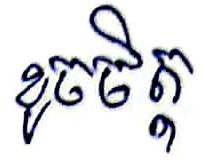
ខូចចិត្ត